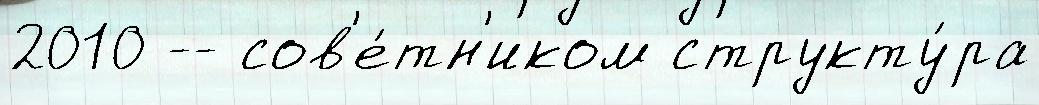
2010 -- сов'е́тн'иком структу́ра